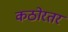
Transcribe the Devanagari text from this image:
कठोरतर